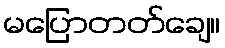
မပြောတတ်ချေ။